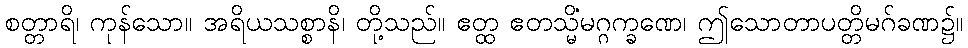
စတ္တာရိ၊ ကုန်သော။ အရိယသစ္စာနိ၊ တို့သည်။ ဧတ္ထ ဧတသ္မိံမဂ္ဂက္ခဏေ၊ ဤသောတာပတ္တိမဂ်ခဏ၌။